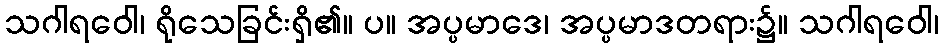
သဂါရဝေါ၊ ရိုသေခြင်းရှိ၏။ ပ။ အပ္ပမာဒေ၊ အပ္ပမာဒတရား၌။ သဂါရဝေါ၊